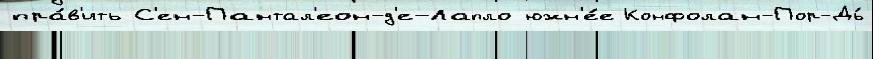
пра́в'ить С'ен-Пантал'еон-д'е-Лапло южн'е́е Конфолан-Пор-Дь́